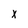
Character: x